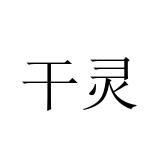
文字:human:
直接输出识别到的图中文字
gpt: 干灵